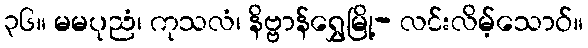
၃၆။ မမပုညံ၊ ကုသလံ၊ နိဗ္ဗာန်ရွှေမြို့- လင်းလိမ့်သောဝ်။